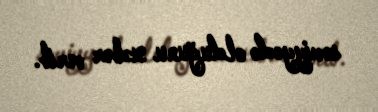
səviyyədə olduğunu xəbər verib.